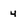
Character: 4